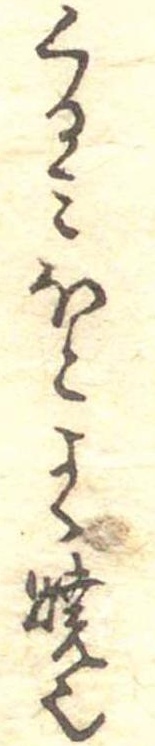
くるみほとよく焼也